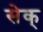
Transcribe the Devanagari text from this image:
सेक्